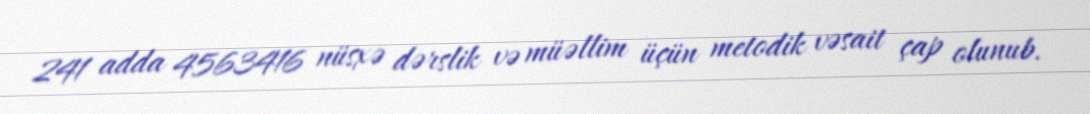
241 adda 4563416 nüsxə dərslik və müəllim üçün metodik vəsait çap olunub.